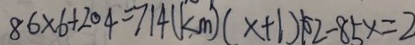
8 6 \times 6 + 2 0 4 = 7 1 4 ( k m ) ( x + 1 ) 1 0 2 - 8 5 x = 2